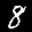
Label: 8